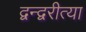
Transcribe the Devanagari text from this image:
द्वन्द्वरीत्या